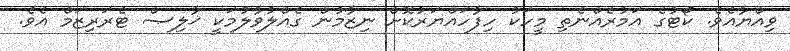
ވިއްޔާއެވެ. ކޯޓުގެ އަމުރެއްނެތި މީހަކު ހިފާހައްޔަރުކޮށް ނިޒާމުން ގެއްލުވާލުމަކީ ޚާލިޞް ޓެރަރިޒަމް އެވެ.